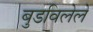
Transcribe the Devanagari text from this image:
बुडविलेले